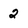
Character: 2